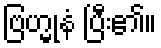
ဗြဟ္မုနံ ပြီး၏။